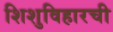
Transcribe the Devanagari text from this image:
शिशुविहारची